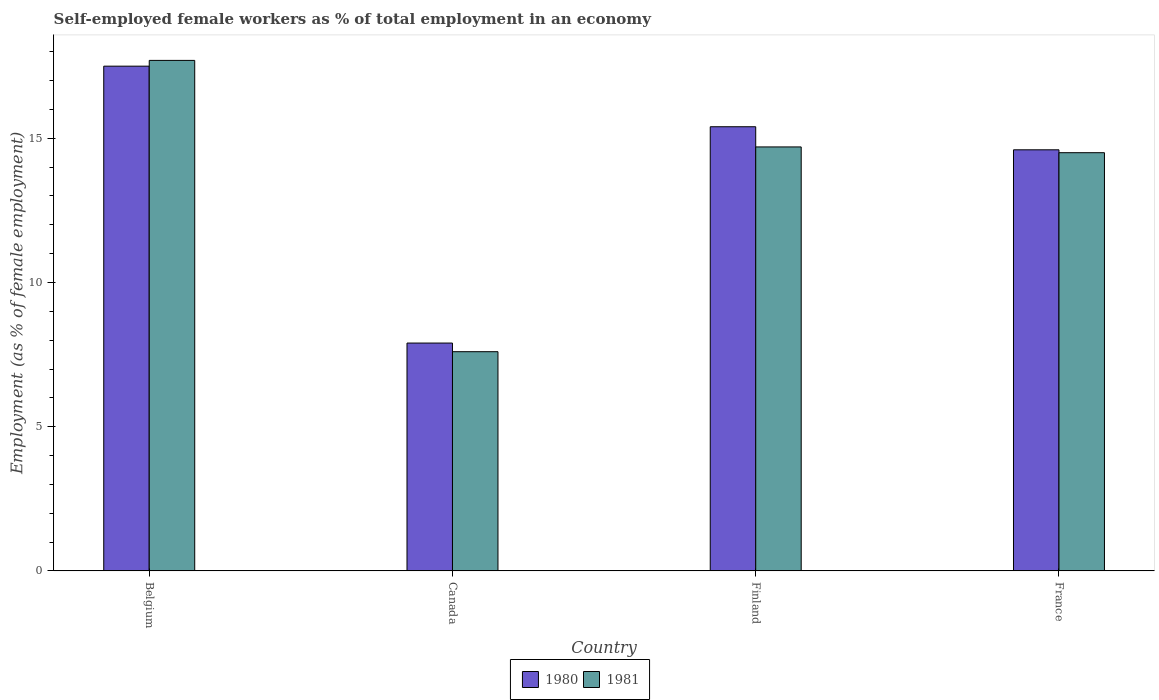
| Country | 1980 | 1981 |
 | --- | --- | --- |
 | Belgium | 17.5 | 17.7 |
 | Canada | 7.9 | 7.6 |
 | Finland | 15.4 | 14.7 |
 | France | 14.6 | 14.5 |